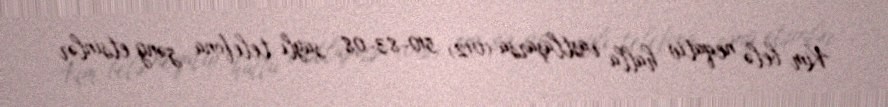
Kim belə neqativ halla rastlaşarsa (012) 510-83-08 saylı telefona zəng etsinlər